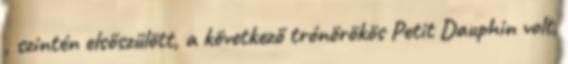
, szintén elsőszülött, a következő trónörökös Petit Dauphin volt,